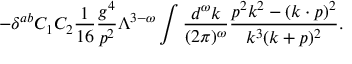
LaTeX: - \delta ^ { a b } C _ { 1 } C _ { 2 } { \frac { 1 } { 1 6 } } { \frac { g ^ { 4 } } { p ^ { 2 } } } \Lambda ^ { 3 - \omega } \int { \frac { d ^ { \omega } k } { ( 2 \pi ) ^ { \omega } } } { \frac { p ^ { 2 } k ^ { 2 } - ( k \cdot p ) ^ { 2 } } { k ^ { 3 } ( k + p ) ^ { 2 } } } .